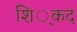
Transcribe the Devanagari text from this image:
शिं्कद